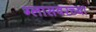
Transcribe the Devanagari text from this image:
ग्लासवरच्या